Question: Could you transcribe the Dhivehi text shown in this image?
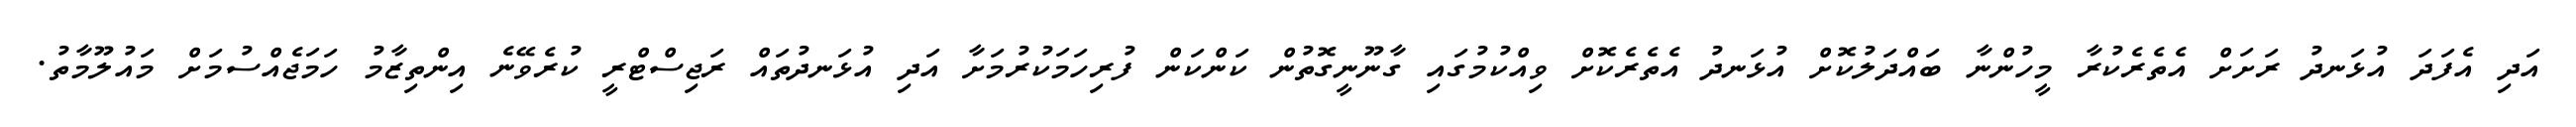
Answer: އަދި އެފަދަ އުޅަނދު ރަށަށް އެތެރެކުރާ މީހުންނާ ބައްދަލުކޮށް އުޅަނދު އެތެރެކޮށް ވިއްކުމުގައި ގާނޫނީގޮތުން ކަންކަން ފުރިހަމަކުރުމަށާ އަދި އުޅަނދުތައް ރަޖިސްޓްރީ ކުރެވޭނެ އިންތިޒާމު ހަމަޖެއްސުމަށް މައުލޫމާތު.